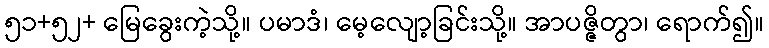
၅၁+၅၂+ မြေခွေးကဲ့သို့။ ပမာဒံ၊ မေ့လျော့ခြင်းသို့။ အာပဇ္ဇိတွာ၊ ရောက်၍။